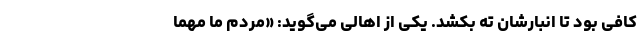
کافی بود تا انبارشان ته بکشد. یکی از اهالی می‌گوید: «مردم ما مهما